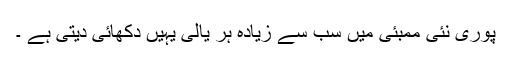
پوری نئی ممبئی میں سب سے زیادہ ہر یالی یہیں دکھائی دیتی ہے ۔